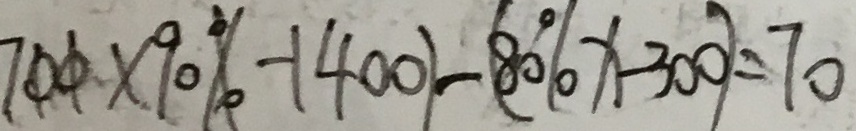
7 0 0 \times 9 0 \% - 1 4 0 0 ) - ( 8 0 \% x - 3 0 0 ) = 7 0